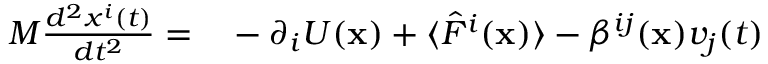
\begin{array} { r l } { M \frac { d ^ { 2 } x ^ { i } ( t ) } { d t ^ { 2 } } = } & { { } - \partial _ { i } U ( { \bf x } ) + \langle \hat { F } ^ { i } ( { \bf x } ) \rangle - \beta ^ { i j } ( { \bf x } ) v _ { j } ( t ) } \end{array}